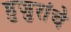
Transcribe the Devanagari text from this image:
हुजुरांचे